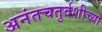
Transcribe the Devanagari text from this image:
अनंतचतुर्दशीच्या